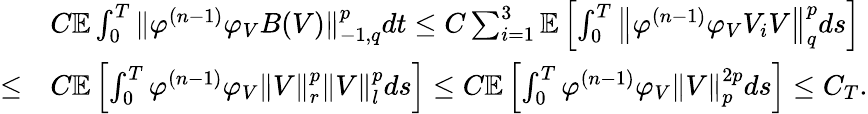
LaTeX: \begin{array}{rl}&{C\mathbb{E}\int_{0}^{T}\| \varphi^{(n-1)}\varphi_{V}B(V)\| _{-1,q}^{p}dt\leq C\sum_{i=1}^{3}\mathbb{E}\left[\int_{0}^{T}\left\| \varphi^{(n-1)}\varphi_{V}V_{i}V\right\| _{q}^{p}ds\right]}\\ {\leq}&{C\mathbb{E}\left[\int_{0}^{T}\varphi^{(n-1)}\varphi_{V}\left\| V\right\| _{r}^{p}\| V\| _{l}^{p}ds\right]\leq C\mathbb{E}\left[\int_{0}^{T}\varphi^{(n-1)}\varphi_{V}\left\| V\right\| _{p}^{2p}ds\right]\leq C_{T}.}\end{array}